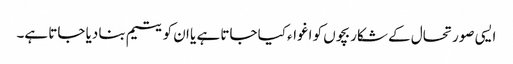
ایسی صورتحال کے شکار بچوں کو اغواء کیا جاتا ہے یا ان کو یتیم بنا دیا جاتا ہے۔